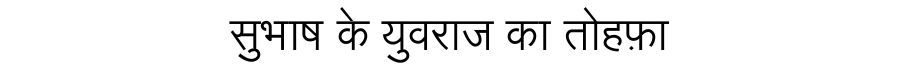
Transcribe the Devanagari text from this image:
सुभाष के युवराज का तोहफ़ा